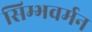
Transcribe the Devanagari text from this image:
सिम्भवर्मन